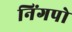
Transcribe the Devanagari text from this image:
निंगपो